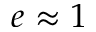
e \approx 1